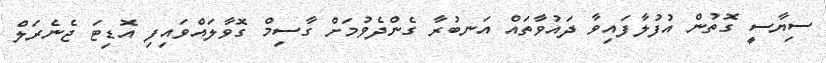
ސިޔާސީ ގޮތުން އުފުލާފައިވާ ދައުވާތައް އަނބުރާ ގެންދެވުމަށް ގާސިމް ގޮވާލައްވައިފި އޮޑިޓަ ޖެނެރަލް